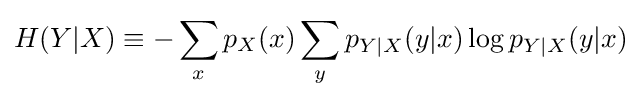
H(Y|X)\equiv -\sum _{x}p_{X}(x)\sum _{y}p_{Y|X}(y|x)\log p_{Y|X}(y|x)